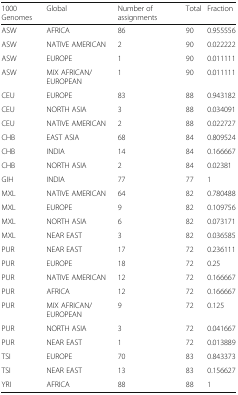
<table><thead><tr><td><b>1000 Genomes</b></td><td><b>Global</b></td><td><b>Number of assignments</b></td><td><b>Total</b></td><td><b>Fraction</b></td></tr></thead><tbody><tr><td>ASW</td><td>AFRICA</td><td>86</td><td>90</td><td>0.955556</td></tr><tr><td>ASW</td><td>NATIVE AMERICAN</td><td>2</td><td>90</td><td>0.022222</td></tr><tr><td>ASW</td><td>EUROPE</td><td>1</td><td>90</td><td>0.011111</td></tr><tr><td>ASW</td><td>MIX AFRICAN/EUROPEAN</td><td>1</td><td>90</td><td>0.011111</td></tr><tr><td>CEU</td><td>EUROPE</td><td>83</td><td>88</td><td>0.943182</td></tr><tr><td>CEU</td><td>NORTH ASIA</td><td>3</td><td>88</td><td>0.034091</td></tr><tr><td>CEU</td><td>NATIVE AMERICAN</td><td>2</td><td>88</td><td>0.022727</td></tr><tr><td>CHB</td><td>EAST ASIA</td><td>68</td><td>84</td><td>0.809524</td></tr><tr><td>CHB</td><td>INDIA</td><td>14</td><td>84</td><td>0.166667</td></tr><tr><td>CHB</td><td>NORTH ASIA</td><td>2</td><td>84</td><td>0.02381</td></tr><tr><td>GIH</td><td>INDIA</td><td>77</td><td>77</td><td>1</td></tr><tr><td>MXL</td><td>NATIVE AMERICAN</td><td>64</td><td>82</td><td>0.780488</td></tr><tr><td>MXL</td><td>EUROPE</td><td>9</td><td>82</td><td>0.109756</td></tr><tr><td>MXL</td><td>NORTH ASIA</td><td>6</td><td>82</td><td>0.073171</td></tr><tr><td>MXL</td><td>NEAR EAST</td><td>3</td><td>82</td><td>0.036585</td></tr><tr><td>PUR</td><td>NEAR EAST</td><td>17</td><td>72</td><td>0.236111</td></tr><tr><td>PUR</td><td>EUROPE</td><td>18</td><td>72</td><td>0.25</td></tr><tr><td>PUR</td><td>NATIVE AMERICAN</td><td>12</td><td>72</td><td>0.166667</td></tr><tr><td>PUR</td><td>AFRICA</td><td>12</td><td>72</td><td>0.166667</td></tr><tr><td>PUR</td><td>MIX AFRICAN/EUROPEAN</td><td>9</td><td>72</td><td>0.125</td></tr><tr><td>PUR</td><td>NORTH ASIA</td><td>3</td><td>72</td><td>0.041667</td></tr><tr><td>PUR</td><td>NEAR EAST</td><td>1</td><td>72</td><td>0.013889</td></tr><tr><td>TSI</td><td>EUROPE</td><td>70</td><td>83</td><td>0.843373</td></tr><tr><td>TSI</td><td>NEAR EAST</td><td>13</td><td>83</td><td>0.156627</td></tr><tr><td>YRI</td><td>AFRICA</td><td>88</td><td>88</td><td>1</td></tr></tbody></table>